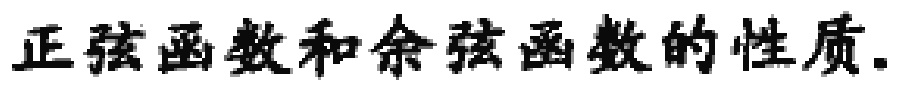
正弦函数和余弦函数的性质.